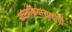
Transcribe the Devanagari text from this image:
शस्त्रक्रियांसाठीची